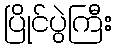
ပြိုင်ပွဲကြီး